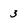
Character: 3